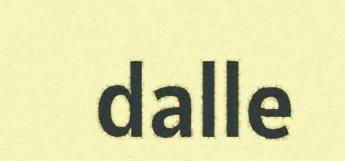
dalle